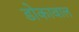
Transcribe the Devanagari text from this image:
डोकावाल